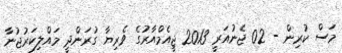
މަސް ކުރިން - 02 ޖެނުއަރީ 2013 ޖީއެމްއާރުގެ ވެރިޔާ ގުރަންދީ މައްލިކަރުޖުނާ